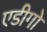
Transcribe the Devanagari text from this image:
एडीगो